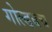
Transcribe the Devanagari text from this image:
गोल्डबच